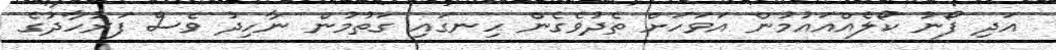
އަަދި ފޯނު ކޯލެއްއައުމުން އަވަހަށް ތެދުވެގެން ހިނގައި ގަތުމުން ނާހިދު ވެސް ފަރުހާދުގެ